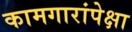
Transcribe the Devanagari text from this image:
कामगारांपेक्षा